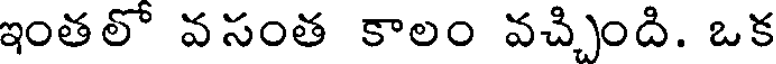
ఇంతలో వసంత కాలం వచ్చింది. ఒక